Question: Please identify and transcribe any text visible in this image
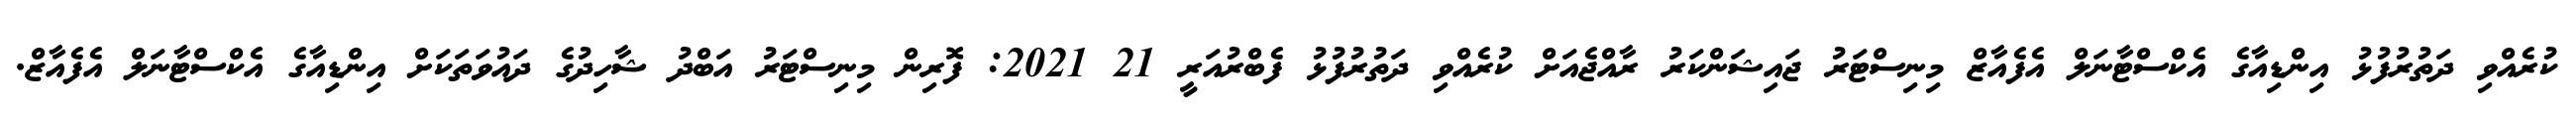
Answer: ކުރެއްވި ދަތުރުފުޅު އިންޑިއާގެ އެކްސްޓާނަލް އެފެއާޒް މިނިސްޓަރު ޖައިޝަންކަރު ރާއްޖެއަށް ކުރެއްވި ދަތުރުފުޅު ފެބްރުއަރީ 21 2021: ފޮރިން މިނިސްޓަރު އަބްދު ޝާހިދުގެ ދައުވަތަކަށް އިންޑިއާގެ އެކްސްޓާނަލް އެފެއާޒް.